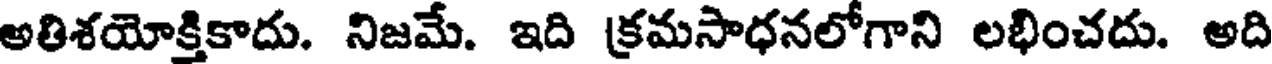
అతిశయోక్తికాదు. నిజమే. ఇది క్రమసాధనలోగాని లభించదు. అది